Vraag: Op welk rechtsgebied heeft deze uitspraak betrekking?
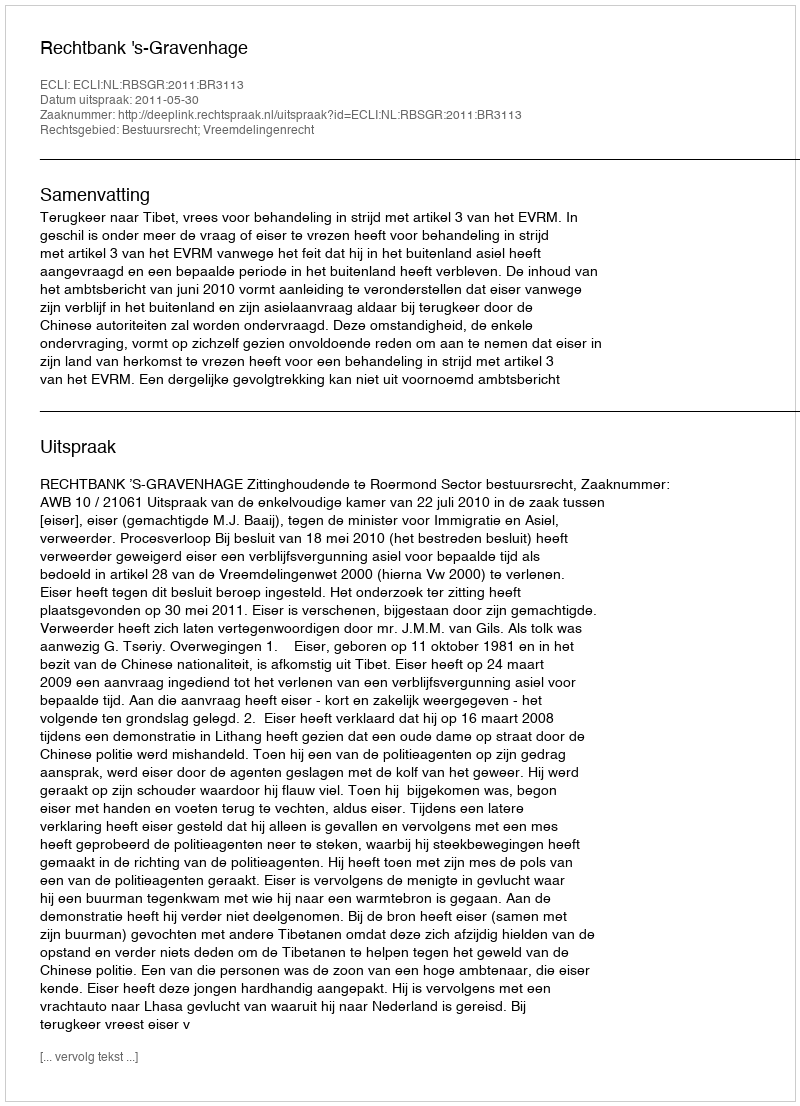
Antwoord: Bestuursrecht; Vreemdelingenrecht